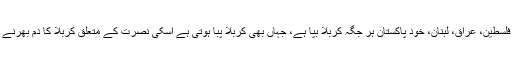
اسلام ٹائمز: اسوقت دنیا میں فلسطین، عراق، لبنان، خود پاکستان ہر جگہ کربلا بپا ہے، جہاں بھی کربلا پبا ہوتی ہے اسکی نصرت کے متعلق کربلا کا دم بھرنے والوں کی کیا ذمہ داری ہے۔